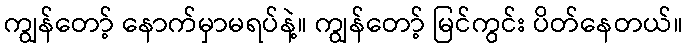
ကျွန်တော့် နောက်မှာမရပ်နဲ့။ ကျွန်တော့် မြင်ကွင်း ပိတ်နေတယ်။